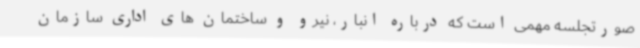
صورتجلسه مهمی است که درباره انبار، نیرو و ساختمان های اداری سازمان